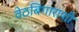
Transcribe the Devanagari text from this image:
वेठबिगाराशी